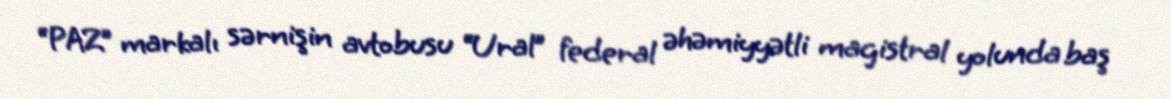
“PAZ” markalı sərnişin avtobusu “Ural” federal əhəmiyyətli magistral yolunda baş